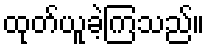
ထုတ်ယူခဲ့ကြသည်။